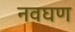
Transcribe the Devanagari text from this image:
नवघण